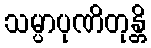
သမ္ပာပုဏိတုန္တိ